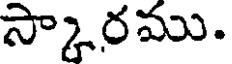
స్కారము.